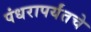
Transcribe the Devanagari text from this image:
पंधरापर्यंतचे